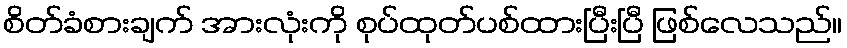
စိတ်ခံစားချက် အားလုံးကို စုပ်ထုတ်ပစ်ထားပြီးပြီ ဖြစ်လေသည်။